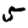
Digit: 5